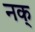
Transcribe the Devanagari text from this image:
नक्